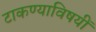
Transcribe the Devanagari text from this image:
टाकण्याविषयीं